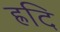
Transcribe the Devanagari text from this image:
ह्रदि